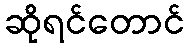
ဆိုရင်တောင်